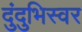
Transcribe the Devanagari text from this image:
दुंदुभिस्वर